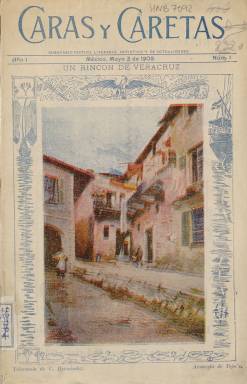
Título: Caras y caretas (México, DF)
Colección: Revistas de información general
Ámbito geográfico: México
Lugar de publicación: México
Fechas: 03/05/1902-31/05/1902

El subtítulo de esta revista ilustrada –“semanario festivo, literario, artístico y de actualidades”– da idea de sus contenidos, al publicar tanto textos de creación literaria, como cuentos y otras narraciones, algunos versos y reportajes de actualidad sobre México, algunos otros países americanos, como Estados Unidos, o España, todos ellos ilustrados con dibujos y fotograbados, además de insertar algunos chistes gráficos. La colección de este título en la Biblioteca Nacional de España la integran sus primeras cinco entregas, datadas entre el tres y el 31 de mayo de 1902, de entre 24 y 36 páginas cada una, impresas en papel cuché y compuestas a una o dos columnas, siendo una especie de magazín, a caballo entre las antiguas ilustraciones y las modernas revistas gráficas, que se desarrollarán en las primeras décadas del siglo veinte. Se desconoce si continuó publicándose.

Su título es el mismo que apareció en Montevideo, fundado por el emigrante español Eustaquio Pellicer, entre 1890 y 1897, y que, a partir de 1898, será editado en Buenos Aires, para convertirse en la gran revista gráfica o magazine y la más leída no sólo en Argentina, sino en Uruguay, Chile o Perú, hasta su desaparición en 1939. La editada en México tiene la misma cabecera tipográfica y subtítulo, e indica que su redactor es Benjamín Villalobos, siendo también su propietario, que en esos momentos era así mismo colaborador del mismo título editado en Buenos Aires, cuyas entregas alcanzaban entonces hasta las ochenta páginas.

Ni la argentina ni esta mexicana folia sus entregas, y ésta, de menor paginación, cuenta también con cubiertas estampadas en tricromía y ocupadas íntegramente por una ilustración, como la de su primer número (una acuarela de Tejeda titulada Un rincón de Veracruz), que después ocuparán fotograbados de retratos de ilustres mexicanos, empezado por su presidente, el general Porfirio Díaz. También en su primer número publicará una crónica sobre Un aniversario patriótico: la Batalla de Puebla (1862-1902) y un artículo titulado El Ateneo Mexicano, firmado por Juan de Dios Peza, acompañado del retrato fotográfico de éste.

Entre los firmantes de sus textos literarios aparecen los nombres de Ángel M. Segovia, Luis García, José Contreras, Justo Pastor Díaz, A.M. Costa, Julio S. Canata, Germán Vega, José Rodao, Desiderio Marcos, Julio Varela, J. Carrére e incluso Jacinto Benavente, con un texto titulado Cartas a mujeres, y la traducción de otro texto de Guy de Maupassant. El propio Villalobos será el autor de Memorias de un periodista.

Entre los epígrafes de sus contenidos informativos aparecen Interviws callejeras, firmada por bajo el seudónimo Reporter, autor también de otros reportajes; Galería de inmigrantes, firmada por Blas Vidal; Tipos populares, Éxitos teatrales o Actualidades españolas, llegando a insertar una partitura musical. Tendrá una sección bajo el epígrafe Menudencias, con charadas gráficas, cantares, jeroglíficos y bibliografía, y en las primeras y últimas páginas publica anuncios comerciales.